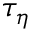
\tau _ { \eta }